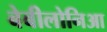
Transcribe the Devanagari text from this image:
बेबीलोनिआ